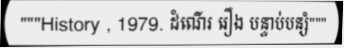
"""History , 1979. ដំណើរ រឿង បន្ទាប់បន្សំ"""